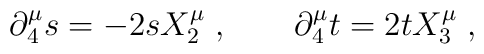
\partial^\mu_4 s = -2sX^\mu_2\;, \qquad \partial^\mu_4 t = 2tX^\mu_3\;,